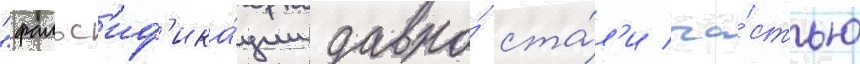
"фальс'иф'ика́ции давно́ ста́л'и ча́стью